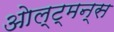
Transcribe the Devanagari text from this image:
ओल्ट्मन्स